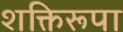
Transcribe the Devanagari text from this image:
शक्तिरूपा